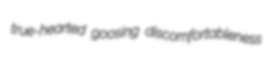
true-hearted goosing discomfortableness